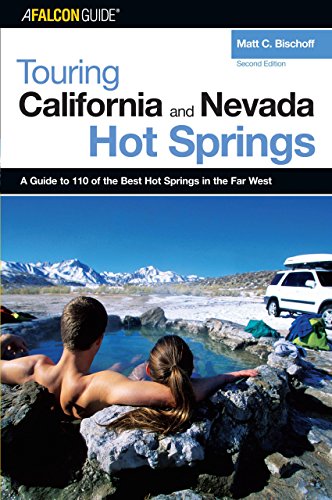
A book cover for Touring California and Nevada Hot Springs, 2nd (Touring Hot Springs); Matt C. Bischoff; Travel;